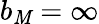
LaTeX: b_{\mathit{M}}=\infty